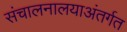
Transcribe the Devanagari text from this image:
संचालनालयाअंतर्गत